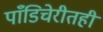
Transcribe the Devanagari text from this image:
पाँडिचेरीतही